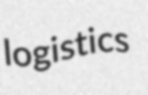
logistics